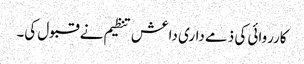
کارروائی کی ذمے داری داعش تنظیم نے قبول کی۔